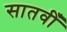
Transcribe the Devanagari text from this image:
सातवीँ